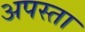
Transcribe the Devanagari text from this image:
अपस्ता